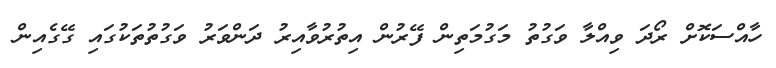
ހާއްސަކޮށް ރޯދަ ވިއްލާ ވަގުތު މަގުމަތިން ފޭރުން އިތުރުވާއިރު ދަންވަރު ވަގުތުތަކުގައި ގޭގެއިން